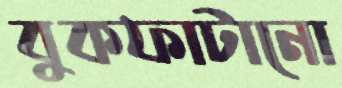
বুকফাটানো